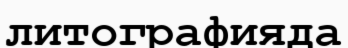
литографияда